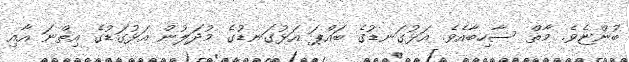
ބުންޏެވެ. މާތް ސާހިބާއެވެ. އަޅުގަނޑުގެ ބައްޕަ އަޅުގަނޑުގެ މުދަލުން އަޅުގަޑުގެ އިޡްނަ އާއި